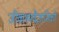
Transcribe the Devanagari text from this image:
जीवाश्मवैज्ञानिकों